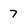
Character: 7